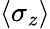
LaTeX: {\langle\sigma_{z}\rangle}